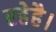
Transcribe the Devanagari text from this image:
रहेहै।